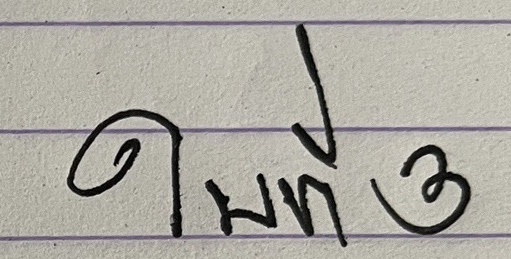
ใบที่ 3